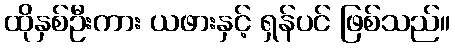
ထိုနှစ်ဦးကား ယဖားနှင့် ရှန်ပင် ဖြစ်သည်။